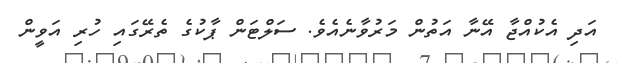
އަދި އެކުއްޖާ އޭނާ އަތުން މަރުވާނެއެވެ. ސަލްޓަން ޕާކުގެ ތެރޭގައި ހުރި އަވީން